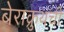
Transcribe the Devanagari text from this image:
बेराक्रुथची